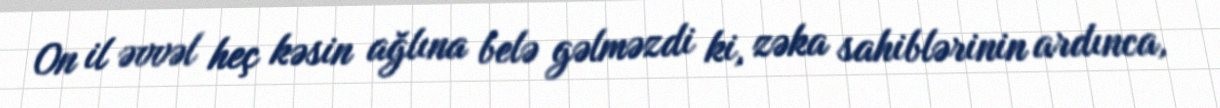
On il əvvəl heç kəsin ağlına belə gəlməzdi ki, zəka sahiblərinin ardınca,